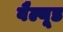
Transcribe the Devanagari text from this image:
वैल्यूड